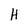
Character: H